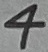
Text: 4